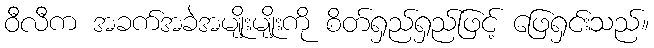
ဝီလီက အခက်အခဲအမျိုးမျိုးကို စိတ်ရှည်ရှည်ဖြင့် ဖြေရှင်းသည်။